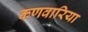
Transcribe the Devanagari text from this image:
कणवारिया